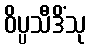
ဝိပ္ပသီဒိံသု